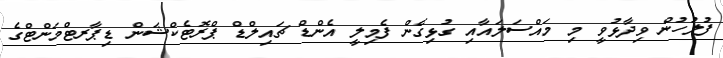
ފުލުހުން ވިދާޅުވީ މި މައްސަލައާއި ގުޅިގެން ފެމިލީ އެންޑް ޗައިލްޑް ޕްރޮޓެކްޝަން ޑިޕާރޓްމަންޓްގެ